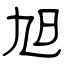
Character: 旭